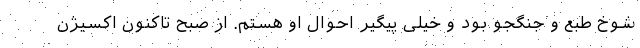
شوخ طبع و جنگجو بود و خیلی پیگیر احوال او هستم. از صبح تاکنون اکسیژن